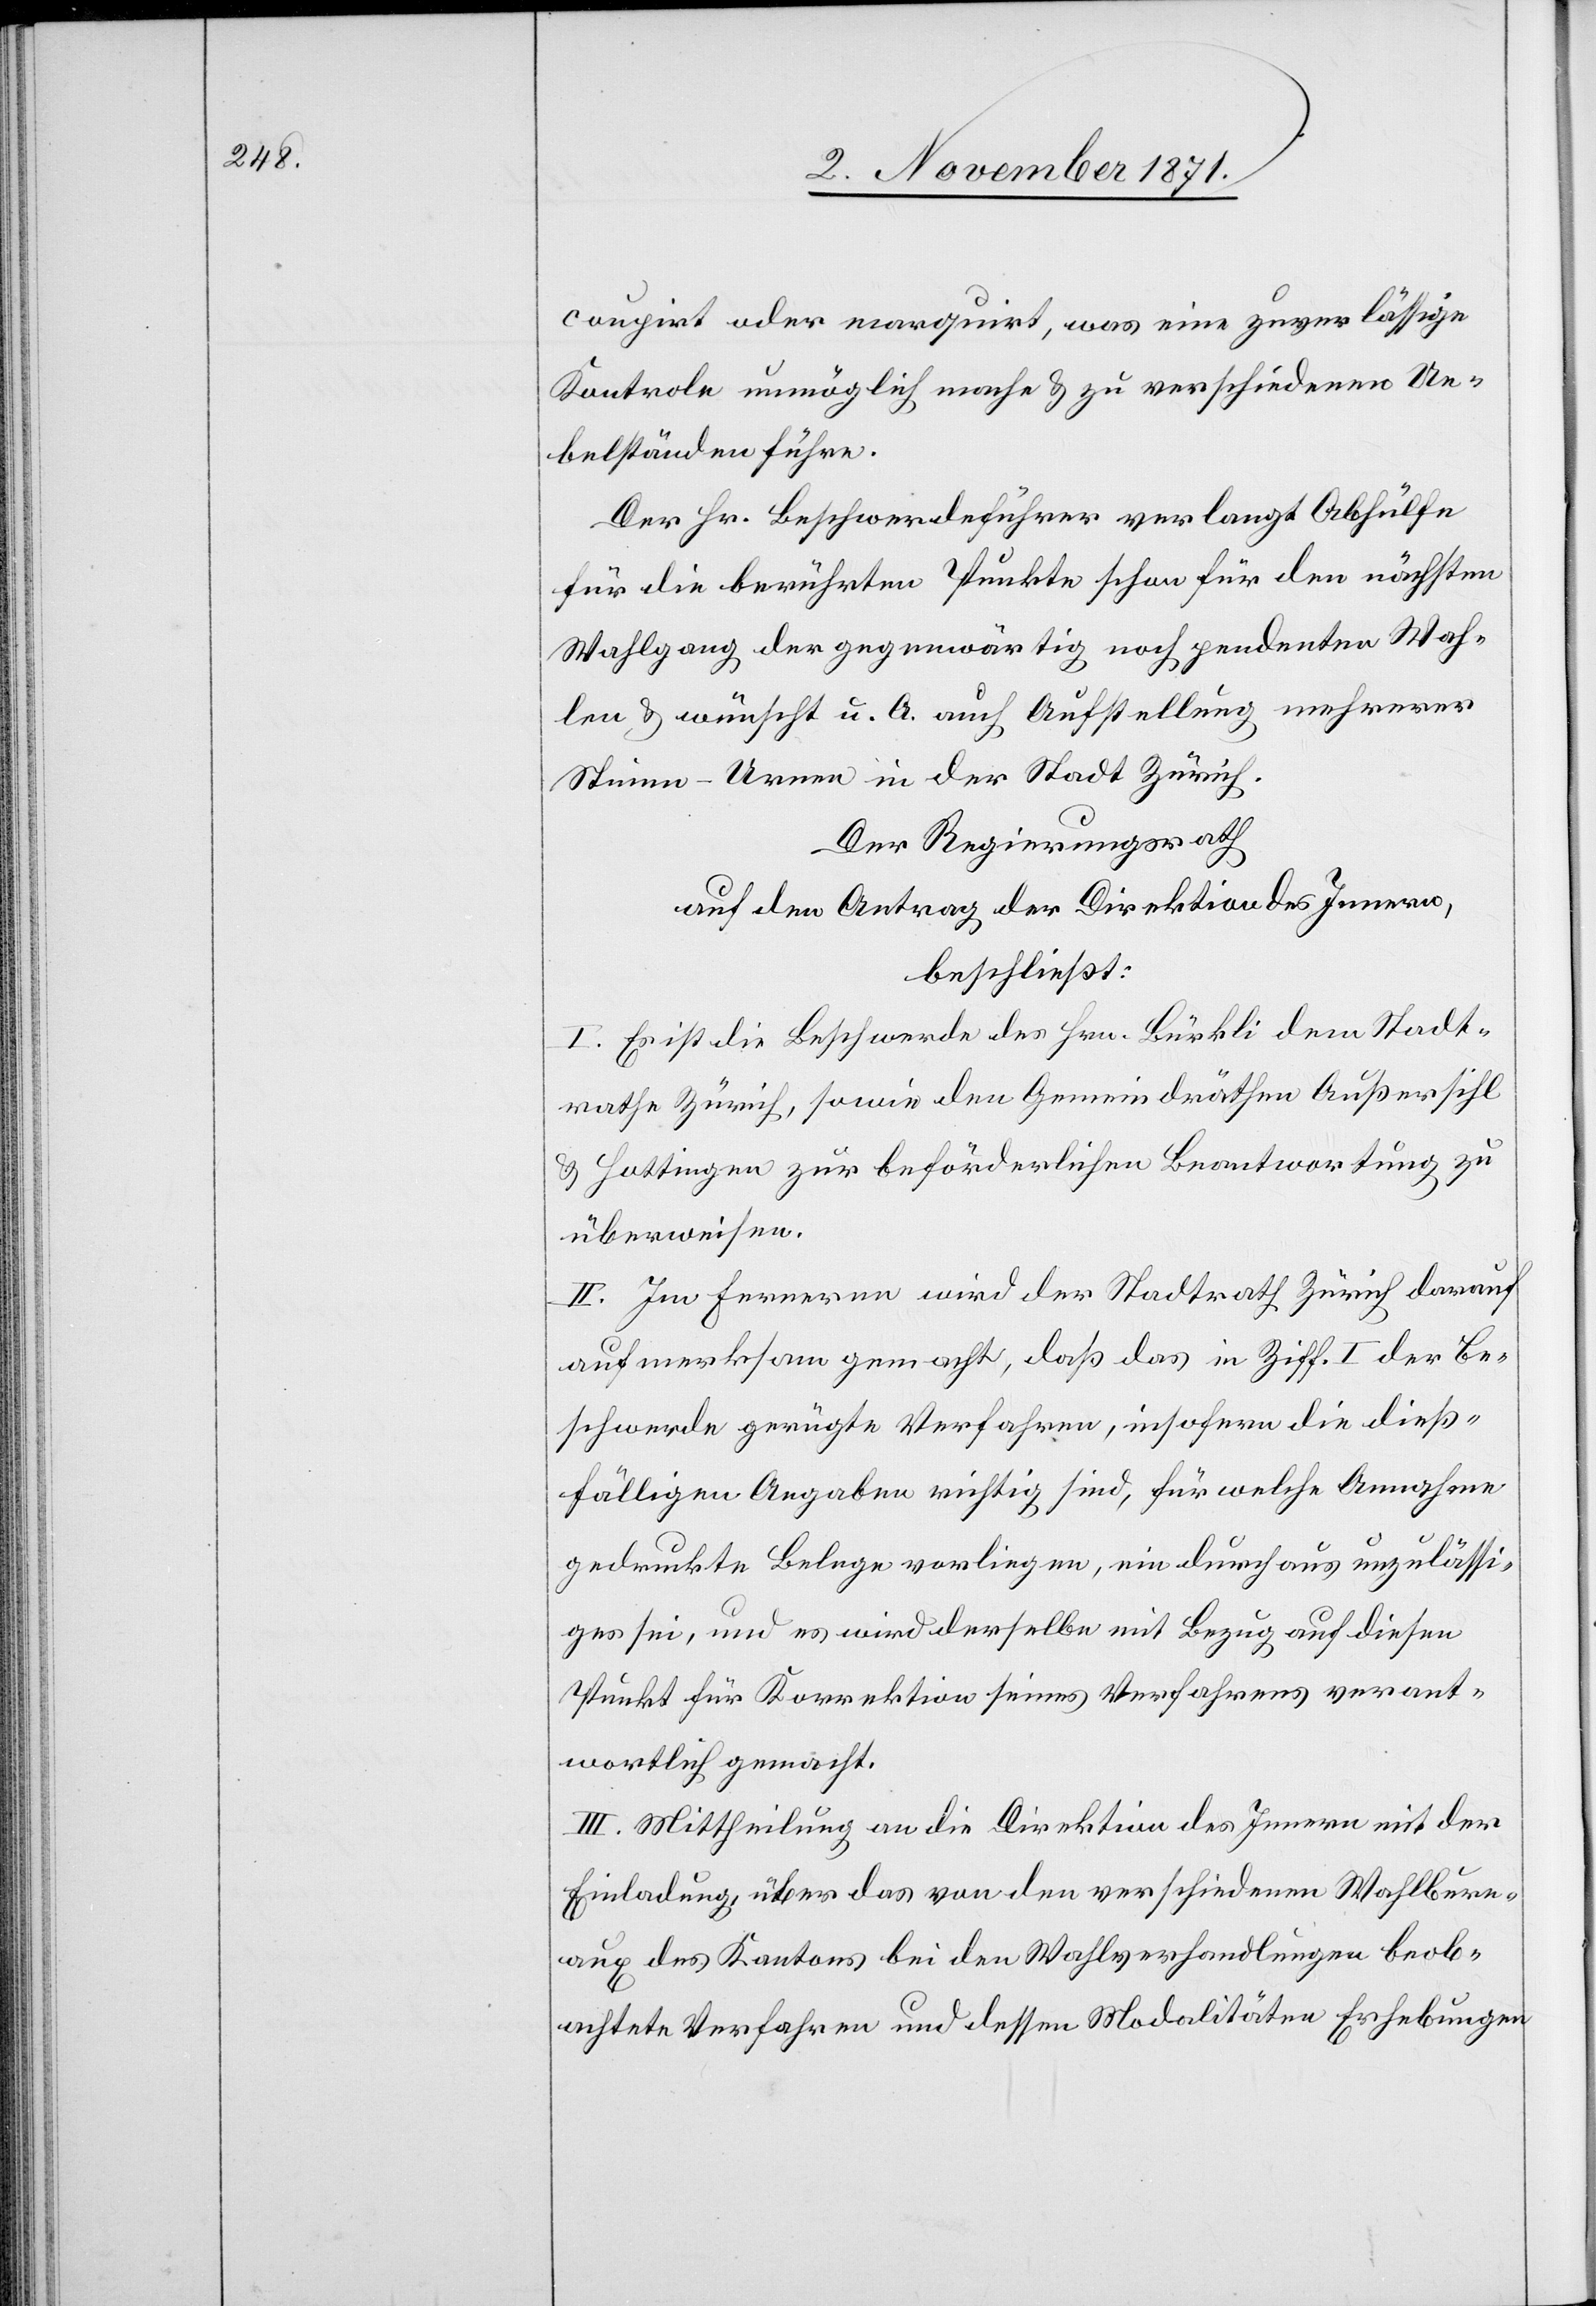
coupirt oder marquirt, was eine zuverlässige
Kontrole unmöglich mache & zu verschiedenen Ue¬
belständen führe.
Der Hr. Beschwerdeführer verlangt Abhülfe
für die berührten Punkte schon für den nächsten
Wahlgang der gegenwärtig noch pendenten Wah¬
len & wünscht u. A. auch Aufstellung mehrerer
Stimm-Urnen in der Stadt Zürich.
Der Regierungsrath
auf den Antrag der Direktion des Innern,
beschließt:
I. Es ist die Beschwerde des Hrn. Bürkli dem Stadt¬
rathe Zürich, sowie den Gemeindräthen Außersihl
& Hottingen zur beförderlichen Beantwortung zu
überweisen.
II. Im Ferneren wird der Stadtrath Zürich darauf
aufmerksam gemacht, daß das in Ziff. I. der Be¬
schwerde gerügte Verfahren, insofern die dieß¬
fälligen Angaben richtig sind, für welche Annahme
gedruckte Belege vorliegen, ein durchaus unzulässi¬
ges sei, und es wird derselbe mit Bezug auf diesen
Punkt für Korrektion seines Verfahrens verant¬
wortlich gemacht.
III. Mittheilung an die Direktion des Innern mit der
Einladung, über das von den verschiedenen Wahlbure¬
aux des Kantons bei den Wahlverhandlungen beob¬
achtete Verfahren und dessen Modalitäten Erhebungen